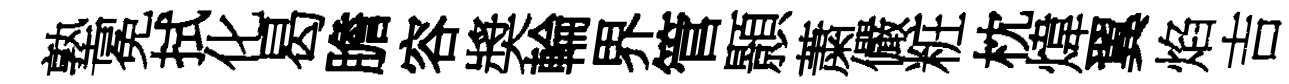
塾冕拭化曷膽容奬輪界管顥䔥儼粧枕煒翼焰吉